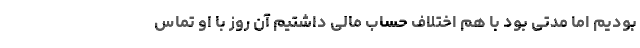
بودیم اما مدتی بود با هم اختلاف حساب مالی داشتیم آن روز با او تماس